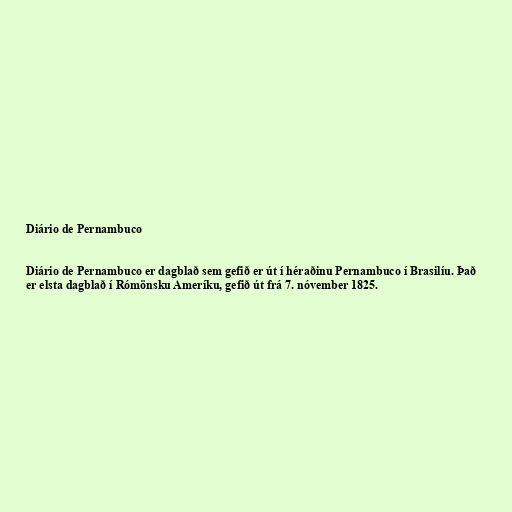
Diário de Pernambuco

Diário de Pernambuco er dagblað sem gefið er út í héraðinu Pernambuco í Brasilíu. Það
er elsta dagblað í Rómönsku Ameríku, gefið út frá 7. nóvember 1825.